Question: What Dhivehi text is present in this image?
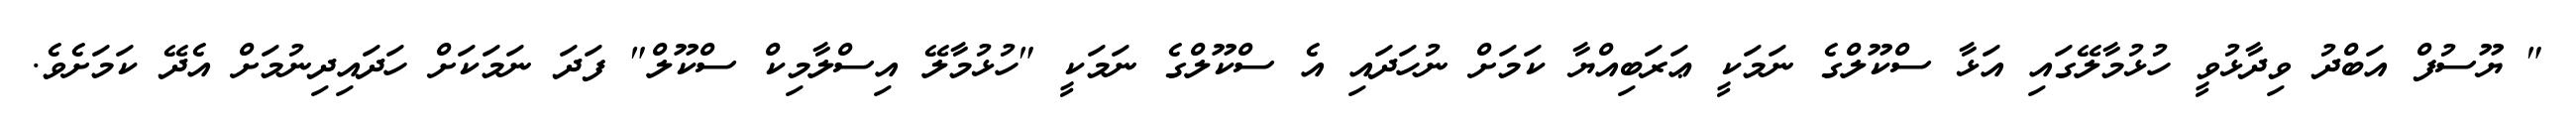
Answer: " ޔޫސުފް އަބްދު ވިދާޅުވީ ހުޅުމާލޭގައި އަޅާ ސްކޫލްގެ ނަމަކީ ޢަރަބިއްޔާ ކަމަށް ނުހަދައި އެ ސްކޫލްގެ ނަމަކީ "ހުޅުމާލޭ އިސްލާމިކް ސްކޫލް" ފަދަ ނަމަކަށް ހަދައިދިނުމަށް އެދޭ ކަމަށެވެ.